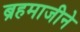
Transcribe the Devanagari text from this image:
ब्रहमाजीने